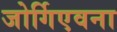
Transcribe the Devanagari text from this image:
जोर्गिएवना